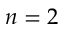
n = 2